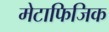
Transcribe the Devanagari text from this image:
मेटाफिजिक